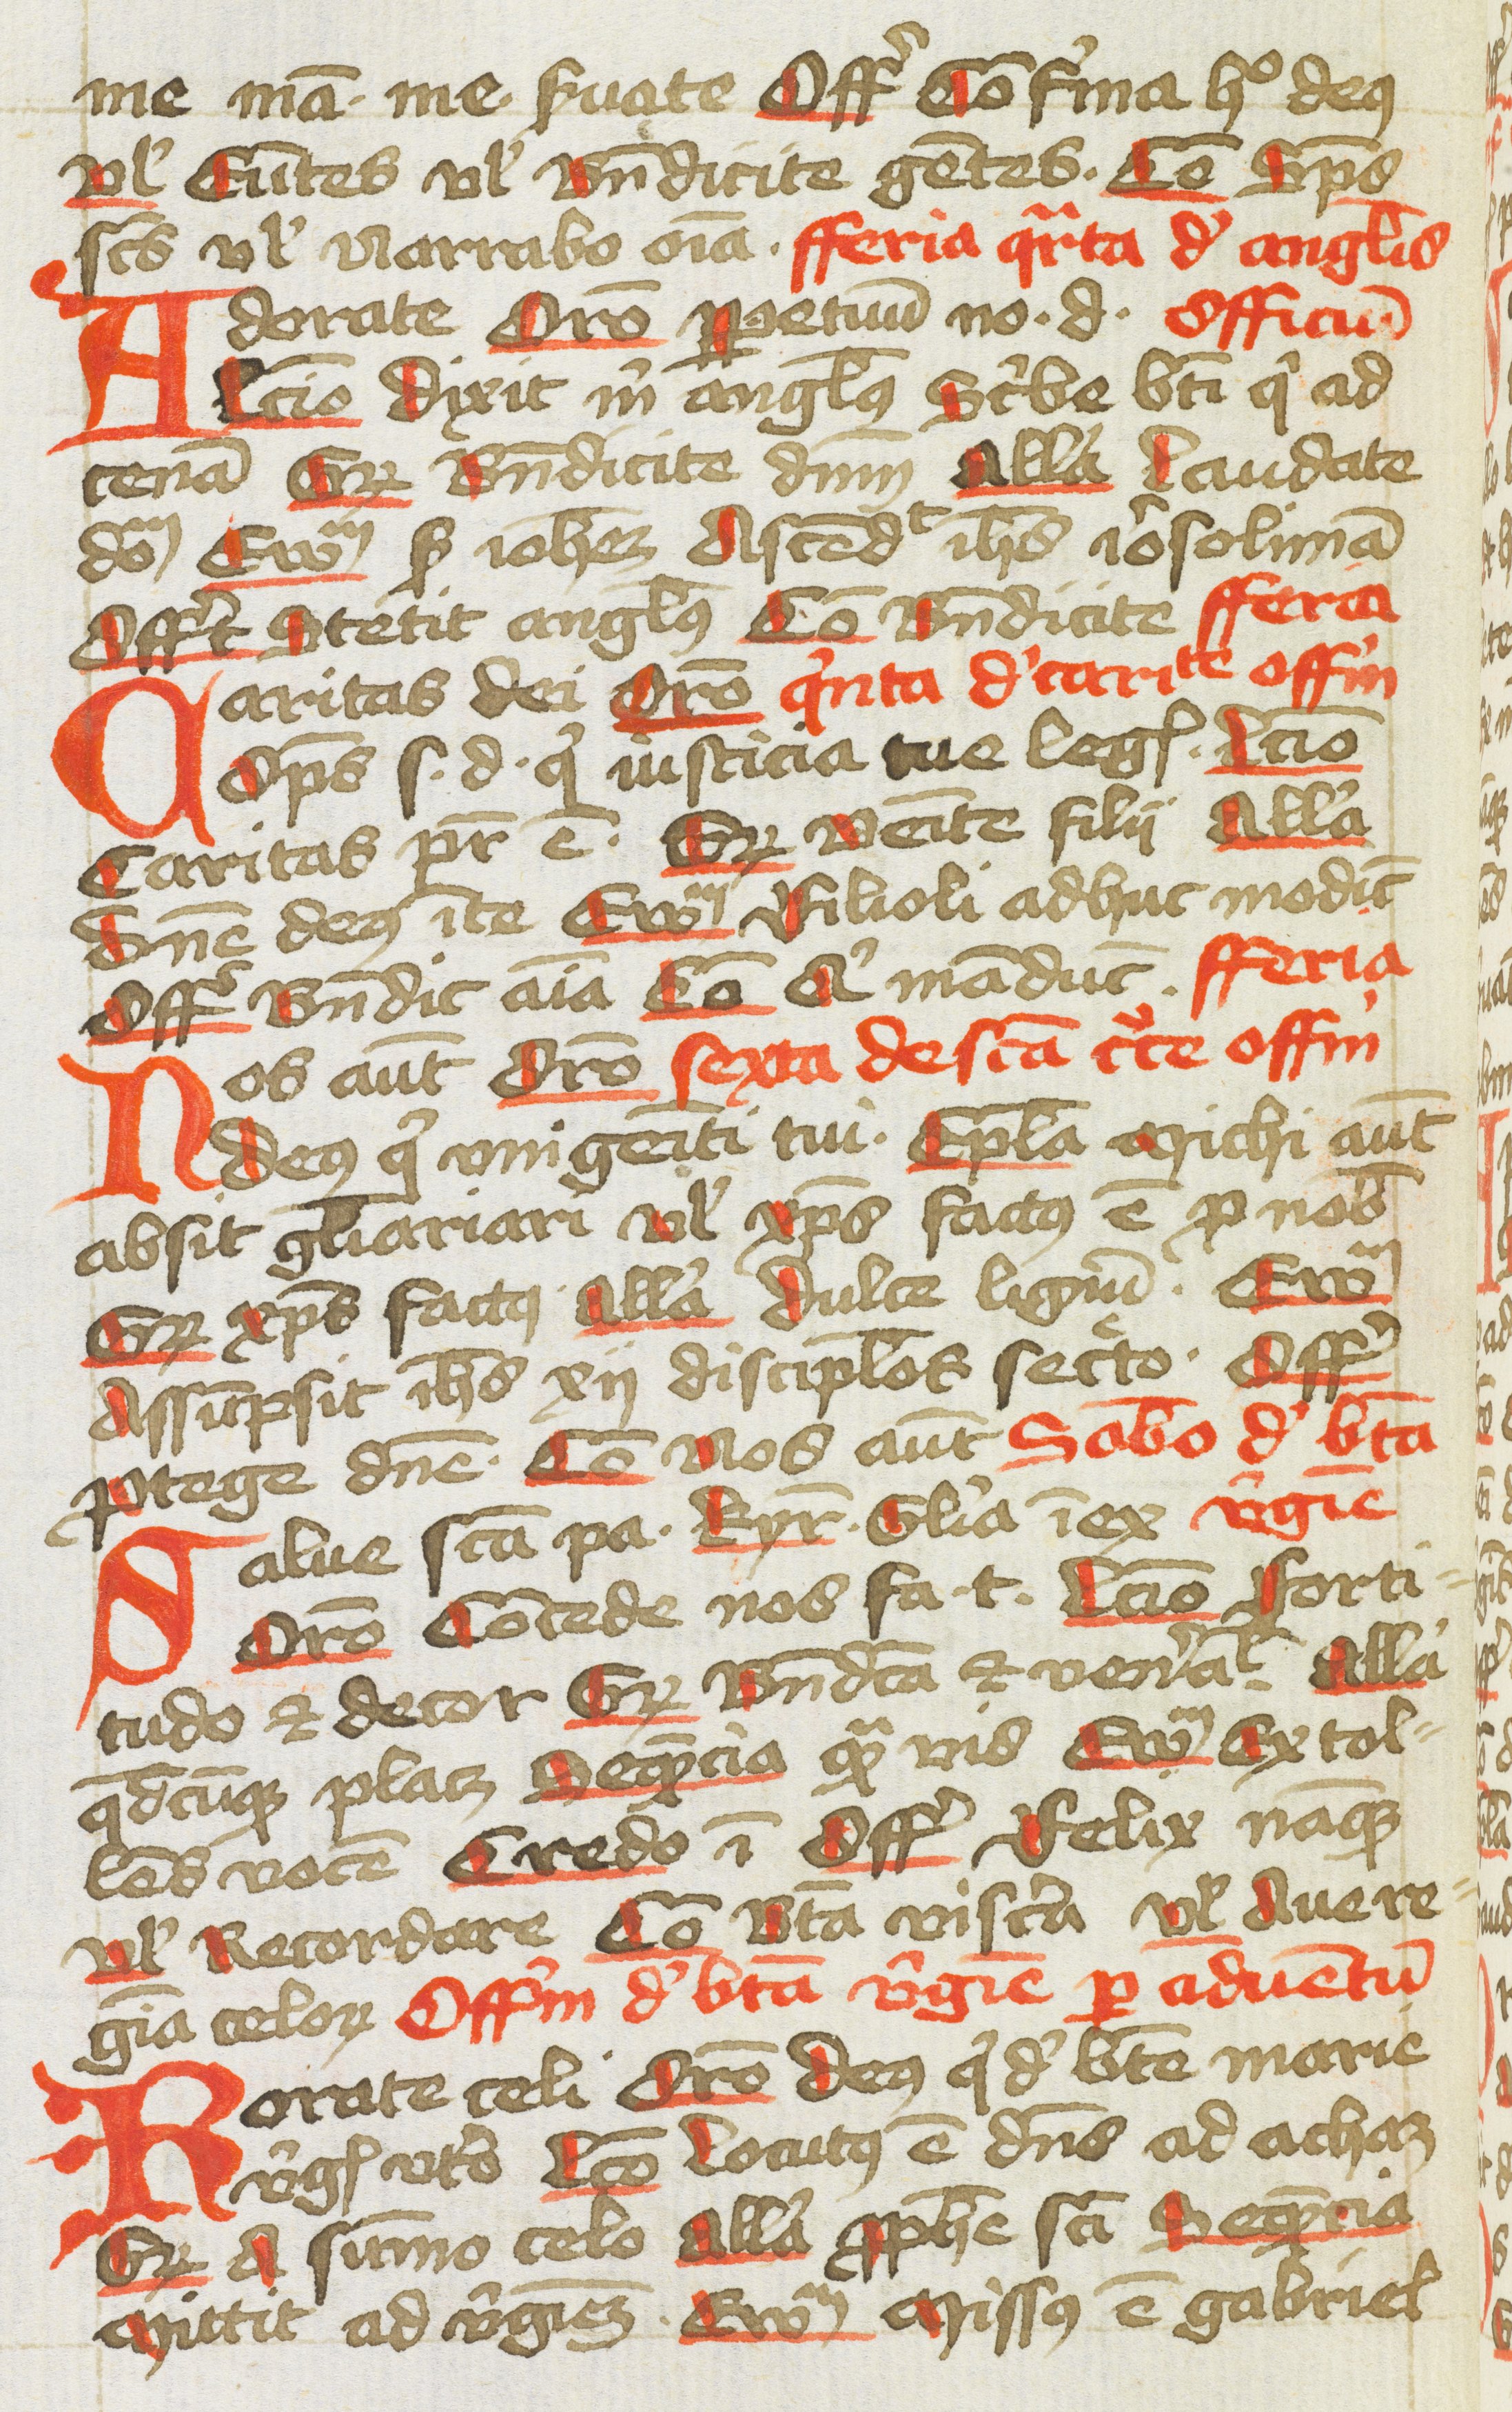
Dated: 1400–1499